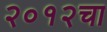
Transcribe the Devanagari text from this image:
२०१२चा